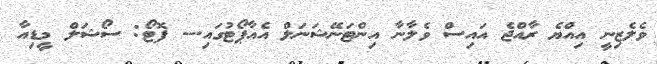
ވެލެޒިނީ އިއްޔެ ރާއްޖެ އައިސް ވެލާނާ އިންޓަނޭޝަނަލް އެއާޕޯޓުގައި.-- ފޮޓޯ: ސޯޝަލް މީޑިއާ